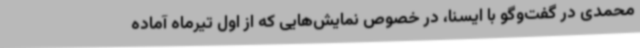
محمدی در گفت‌وگو با ایسنا، در خصوص نمایش‌هایی که از اول تیرماه آماده